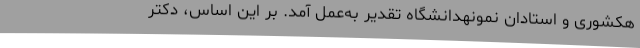
هکشوری و استادان نمونهدانشگاه تقدیر به‌عمل آمد. بر این اساس، دکتر